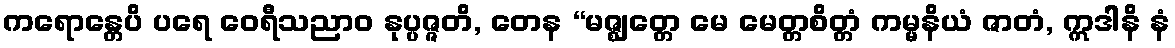
ကရောန္တေပိ ပရေ ဝေရီသညာဝ နုပ္ပဇ္ဇတိ, တေန “မဇ္ဈတ္တေ မေ မေတ္တစိတ္တံ ကမ္မနိယံ ဇာတံ, ဣဒါနိ နံ